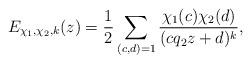
LaTeX: \begin{align*}E_{\chi_1,\chi_2,k}(z)=\frac{1}{2}\sum_{(c,d)=1}\frac{\chi_1(c)\chi_2(d)}{(c q_2 z+d)^k},\end{align*}